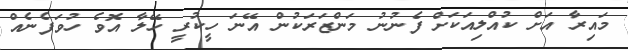
މައިރާ އަށް ކުއްލިއަކަށް ފެނުނު މަންޒަރަކުން އޭނަ ހީކުރީ ހޭލާ އޮވެ ހުވަފެނެއް